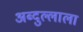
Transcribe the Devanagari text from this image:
अब्दुल्लाला